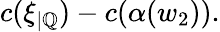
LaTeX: c(\xi_{|\mathbb{Q}})-c(\alpha(w_{2})).